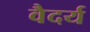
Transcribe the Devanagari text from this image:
वैदर्य